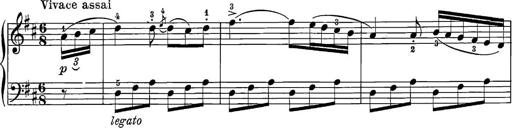
Title: 12 Sonatine per Pianoforte
Composer: Friedrich Kuhlau